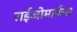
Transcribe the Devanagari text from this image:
राईजोमार्फस